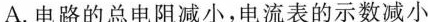
A.电路的总电阻减小，电流表的示数减小